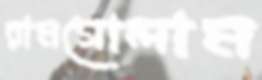
রামগোলাম